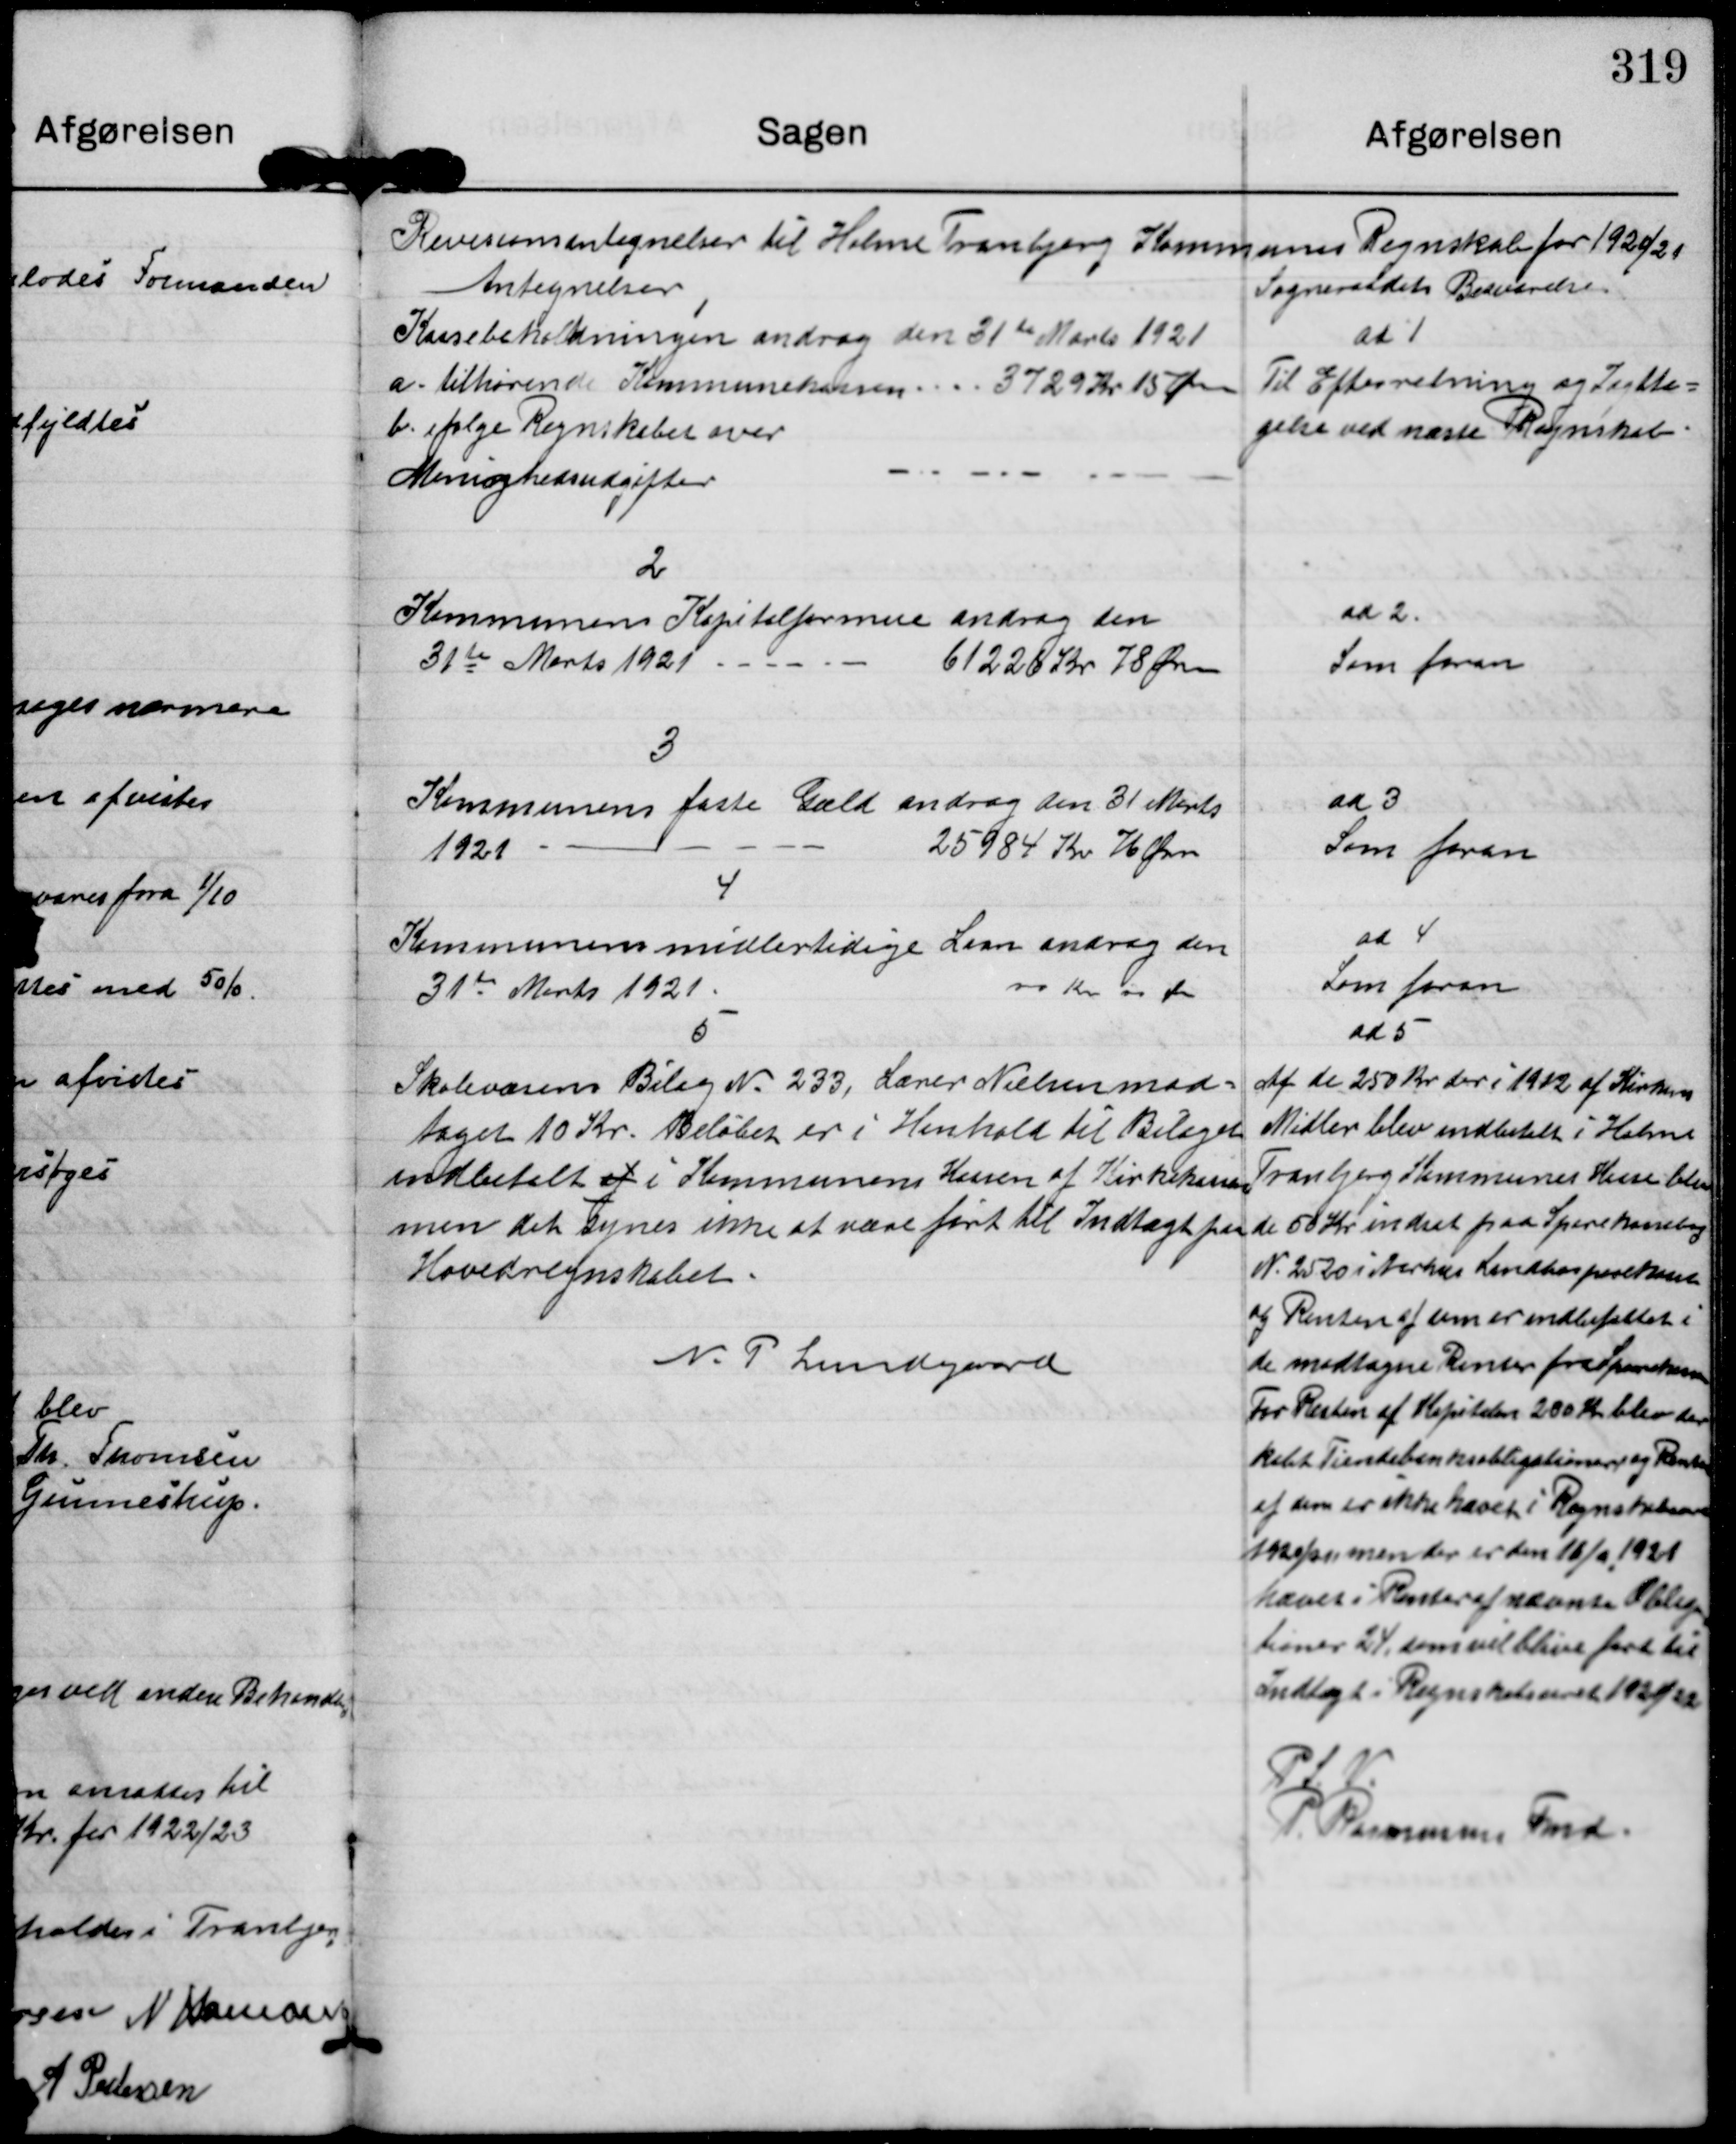
Transskription:
Revisionsantegnelser til Holme Tranbjerg Kommunes Regnskab for 1920/21

Antegnelser
Kassebeholdningen androg den 31te Marts 1921
a. tilhørende Kommunekassen 3729 Kr 15 Øre
b. ifølge Regnskabet over
Menighedsudgifter

Sogneraadets Besvarelse
at 1
Til Efterretning og Iagtta=
gelse ved næste Regnskab.

2
Kommmunens Kapitalformue androg den
31te Marts 1921 ---
61226 Kr 78 Øre

ad 2.
Som foran

3
Kommunens faste Gæld androg den 31 Marts
1921.
25984 Kr 76 Øre

ad 3
Som foran

4
Kommunens midlertidige Laan androg den
31te Marts 1921.
00 Kr 00 Øre

ad 4
Som foran

5. Skolevæsens Bilag N. 233, Lærer Nielsen mod=
taget 10 Kr. Beløbet er i Henhold til Bilaget
indbetalt at i Kommunens Kassen af Kirkekassen
men det synes ikke at være ført til Indtægt paa
Hovedregnskabet.

ad 5
Af de 250 Kr der i 1922 af Kirkens
Midler blev indbetalt i Holme
Tranbjerg Kommunes Huse blev
de 50 Kr indsat paa Sparekassebog
N. 2520 i Aarhus Landbosparekasse
og Renten af sum er indbefattet i
de modtagne Renter fra Sparekassen
For Resten af Kapitalen 200 Kr blev der
købt Tiendebanksobligationer og Renter
af dem er ikke hævet i Regnskabsaaret
1920/21, men der er den 16/9 1921
hævet Renter af nævnte Obliga-
tioner 24, som vil blive ført til
Indtægt i Regnskabsaaret 1921/22

N. P. Lundegaard

P. S. V.
P. Rasmussen Fmd.